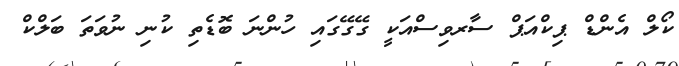
ކޯލް އެންޑް ޕިކްއަޕް ސާރވިސްއަކީ ގޭގޭގައި ހުންނަ ބޮޑެތި ކުނި ނުވަތަ ބަލްކް